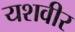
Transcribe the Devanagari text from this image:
यशवीर